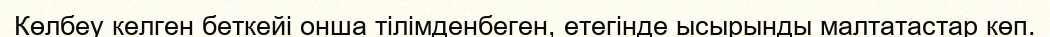
Көлбеу келген беткейі онша тілімденбеген, етегінде ысырынды малтатастар көп.